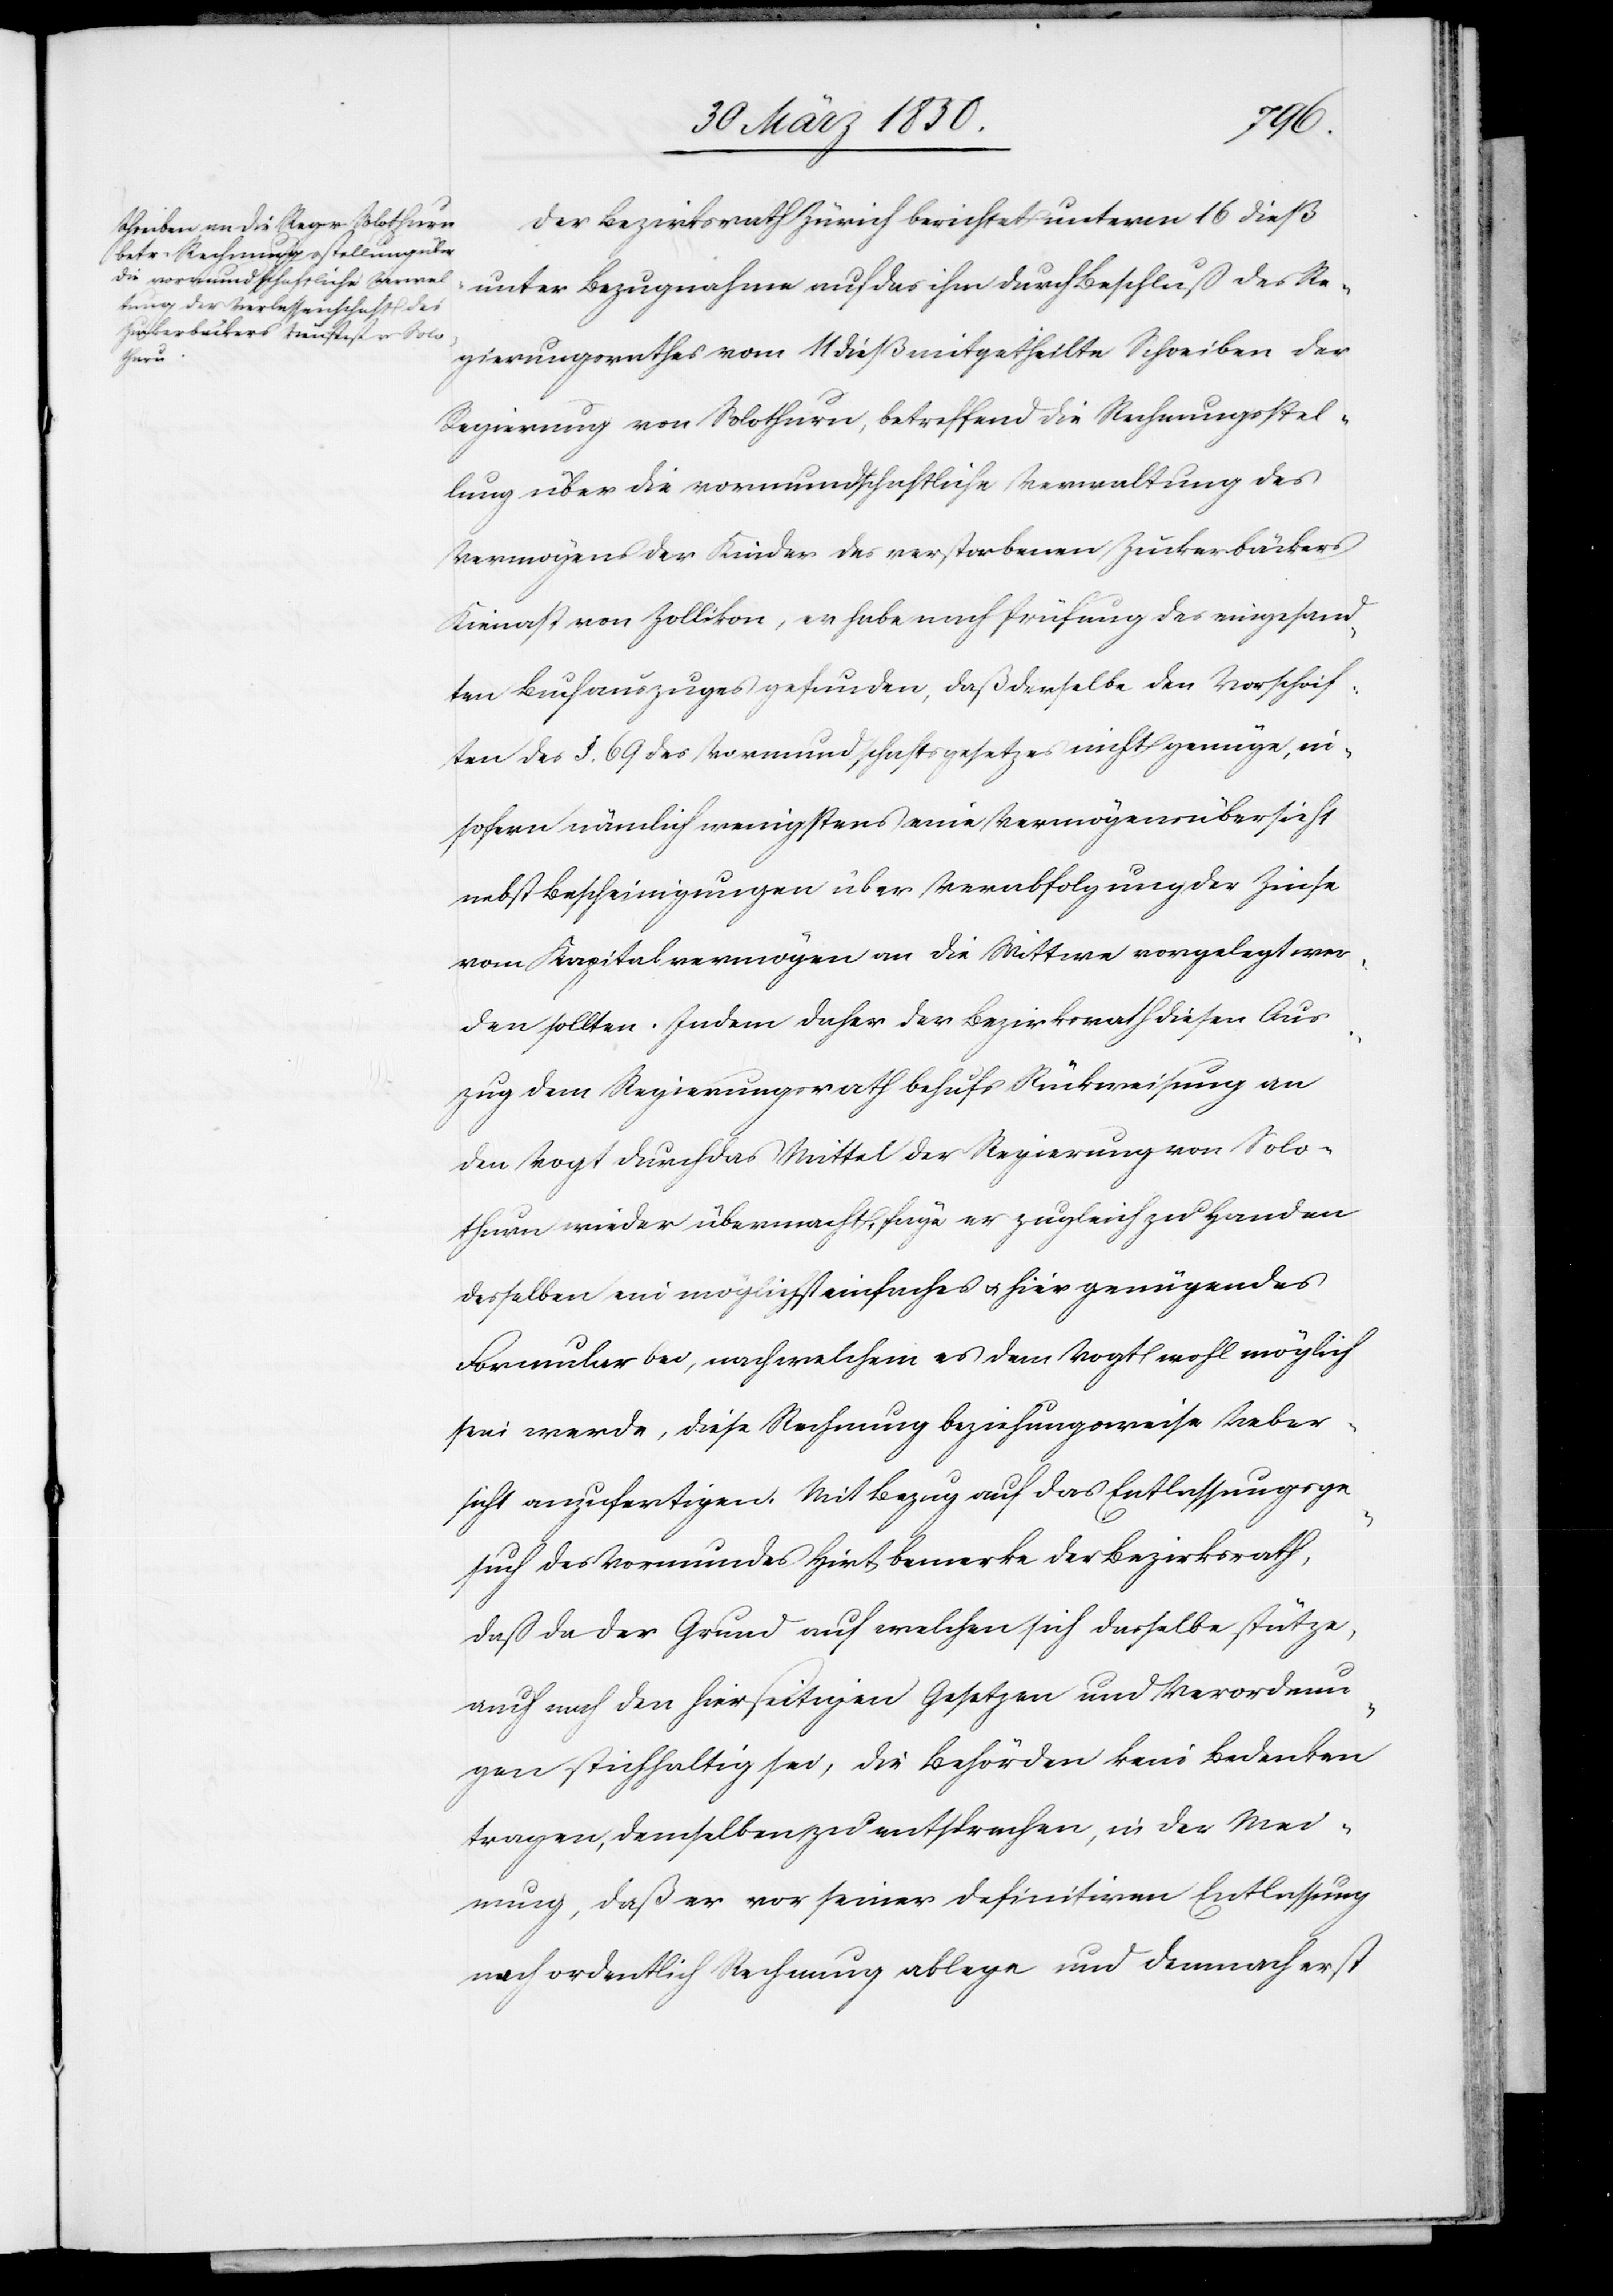
Der Bezirksrath Zürich berichtet unterm 16 dieß
unter Bezugnahme auf das ihm durch Beschluß des Re¬
gierungsrathes vom 11 dieß mitgetheilte Schreiben der
Regierung von Solothurn, betreffend die Rechnungsstel¬
lung über die vormundschaftliche Verwaltung des
Vermögens der Kinder des verstorbenen Zuckerbäckers
Kienast von Zollikon, er habe nach Prüfung des eingesand¬
ten Buchauszuges gefunden, daß derselbe den Vorschrif¬
ten des §. 69 des Vormundschaftsgesetzes nicht genüge, in¬
sofern nämlich wenigstens eine Vermögensübersicht
nebst Bescheinigungen über Verabfolgung der Zinse
vom Kapitalvermögen an die Wittwe vorgelegt wer¬
den sollten. Indem daher der Bezirksrath diesen Aus¬
zug dem Regierungsrath behufs Rückweisung an
den Vogt durch das Mittel der Regierung von Solo¬
thurn wieder übermacht, füge er zugleich zu Handen
desselben ein möglichst einfaches u. hier genügenden
Formular bei, nach welchem es dem Vogt wohl möglich
sein werde, diese Rechnung beziehungsweise Ueber¬
sicht anzufertigen. Mit Bezug auf das Entlassungsge¬
such des Vormundes Hirt bemerke der Bezirksrath,
daß da der Grund auf welchen sich dasselbe stütze,
auch nach den hierseitigen Gesetzen und Verordnun¬
gen stichhaltig sei, die Behörden kein Bedenken
tragen, demselben zu entsprechen, in der Mei¬
nung, daß er vor seiner definitiven Entlassung
(?noch) ordentlich Rechnung ablege und demnach erst